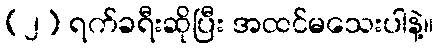
(၂) ရက်ခရီးဆိုပြီး အထင်မသေးပါနဲ့။